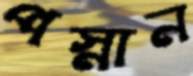
পস্নান